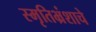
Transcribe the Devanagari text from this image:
स्मृतिभ्रंशाचे